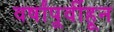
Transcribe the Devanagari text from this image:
वर्षांपूर्वीहून